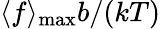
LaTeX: \langle f\rangle_{\operatorname*{max}}b/(kT)